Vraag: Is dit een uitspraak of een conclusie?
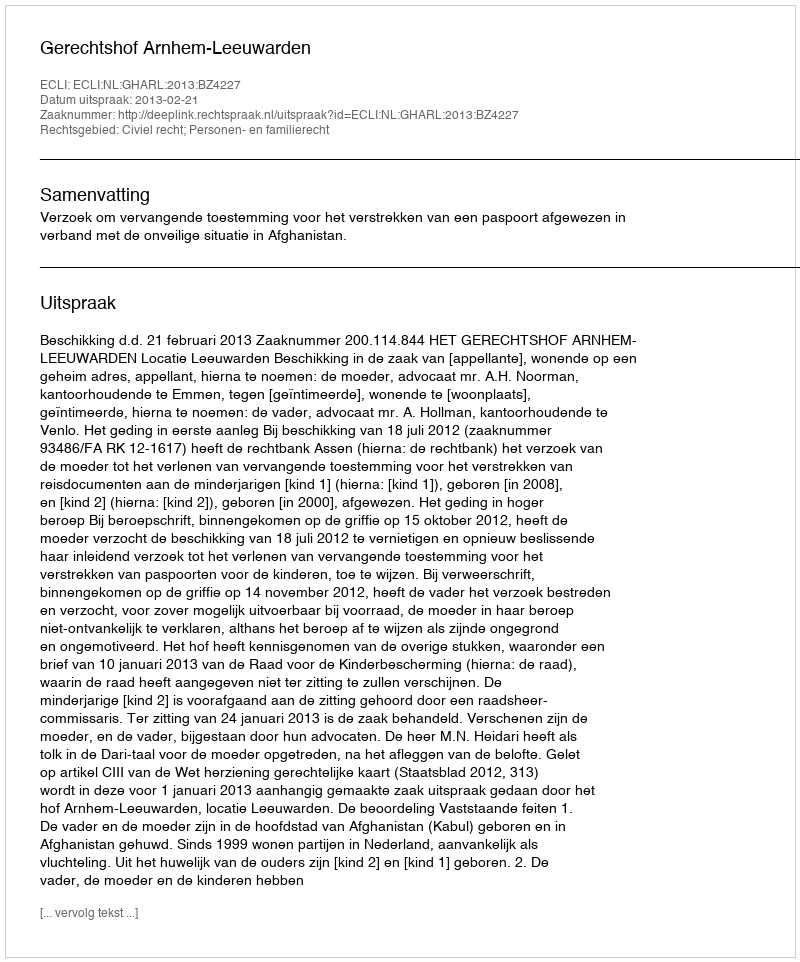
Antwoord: Uitspraak